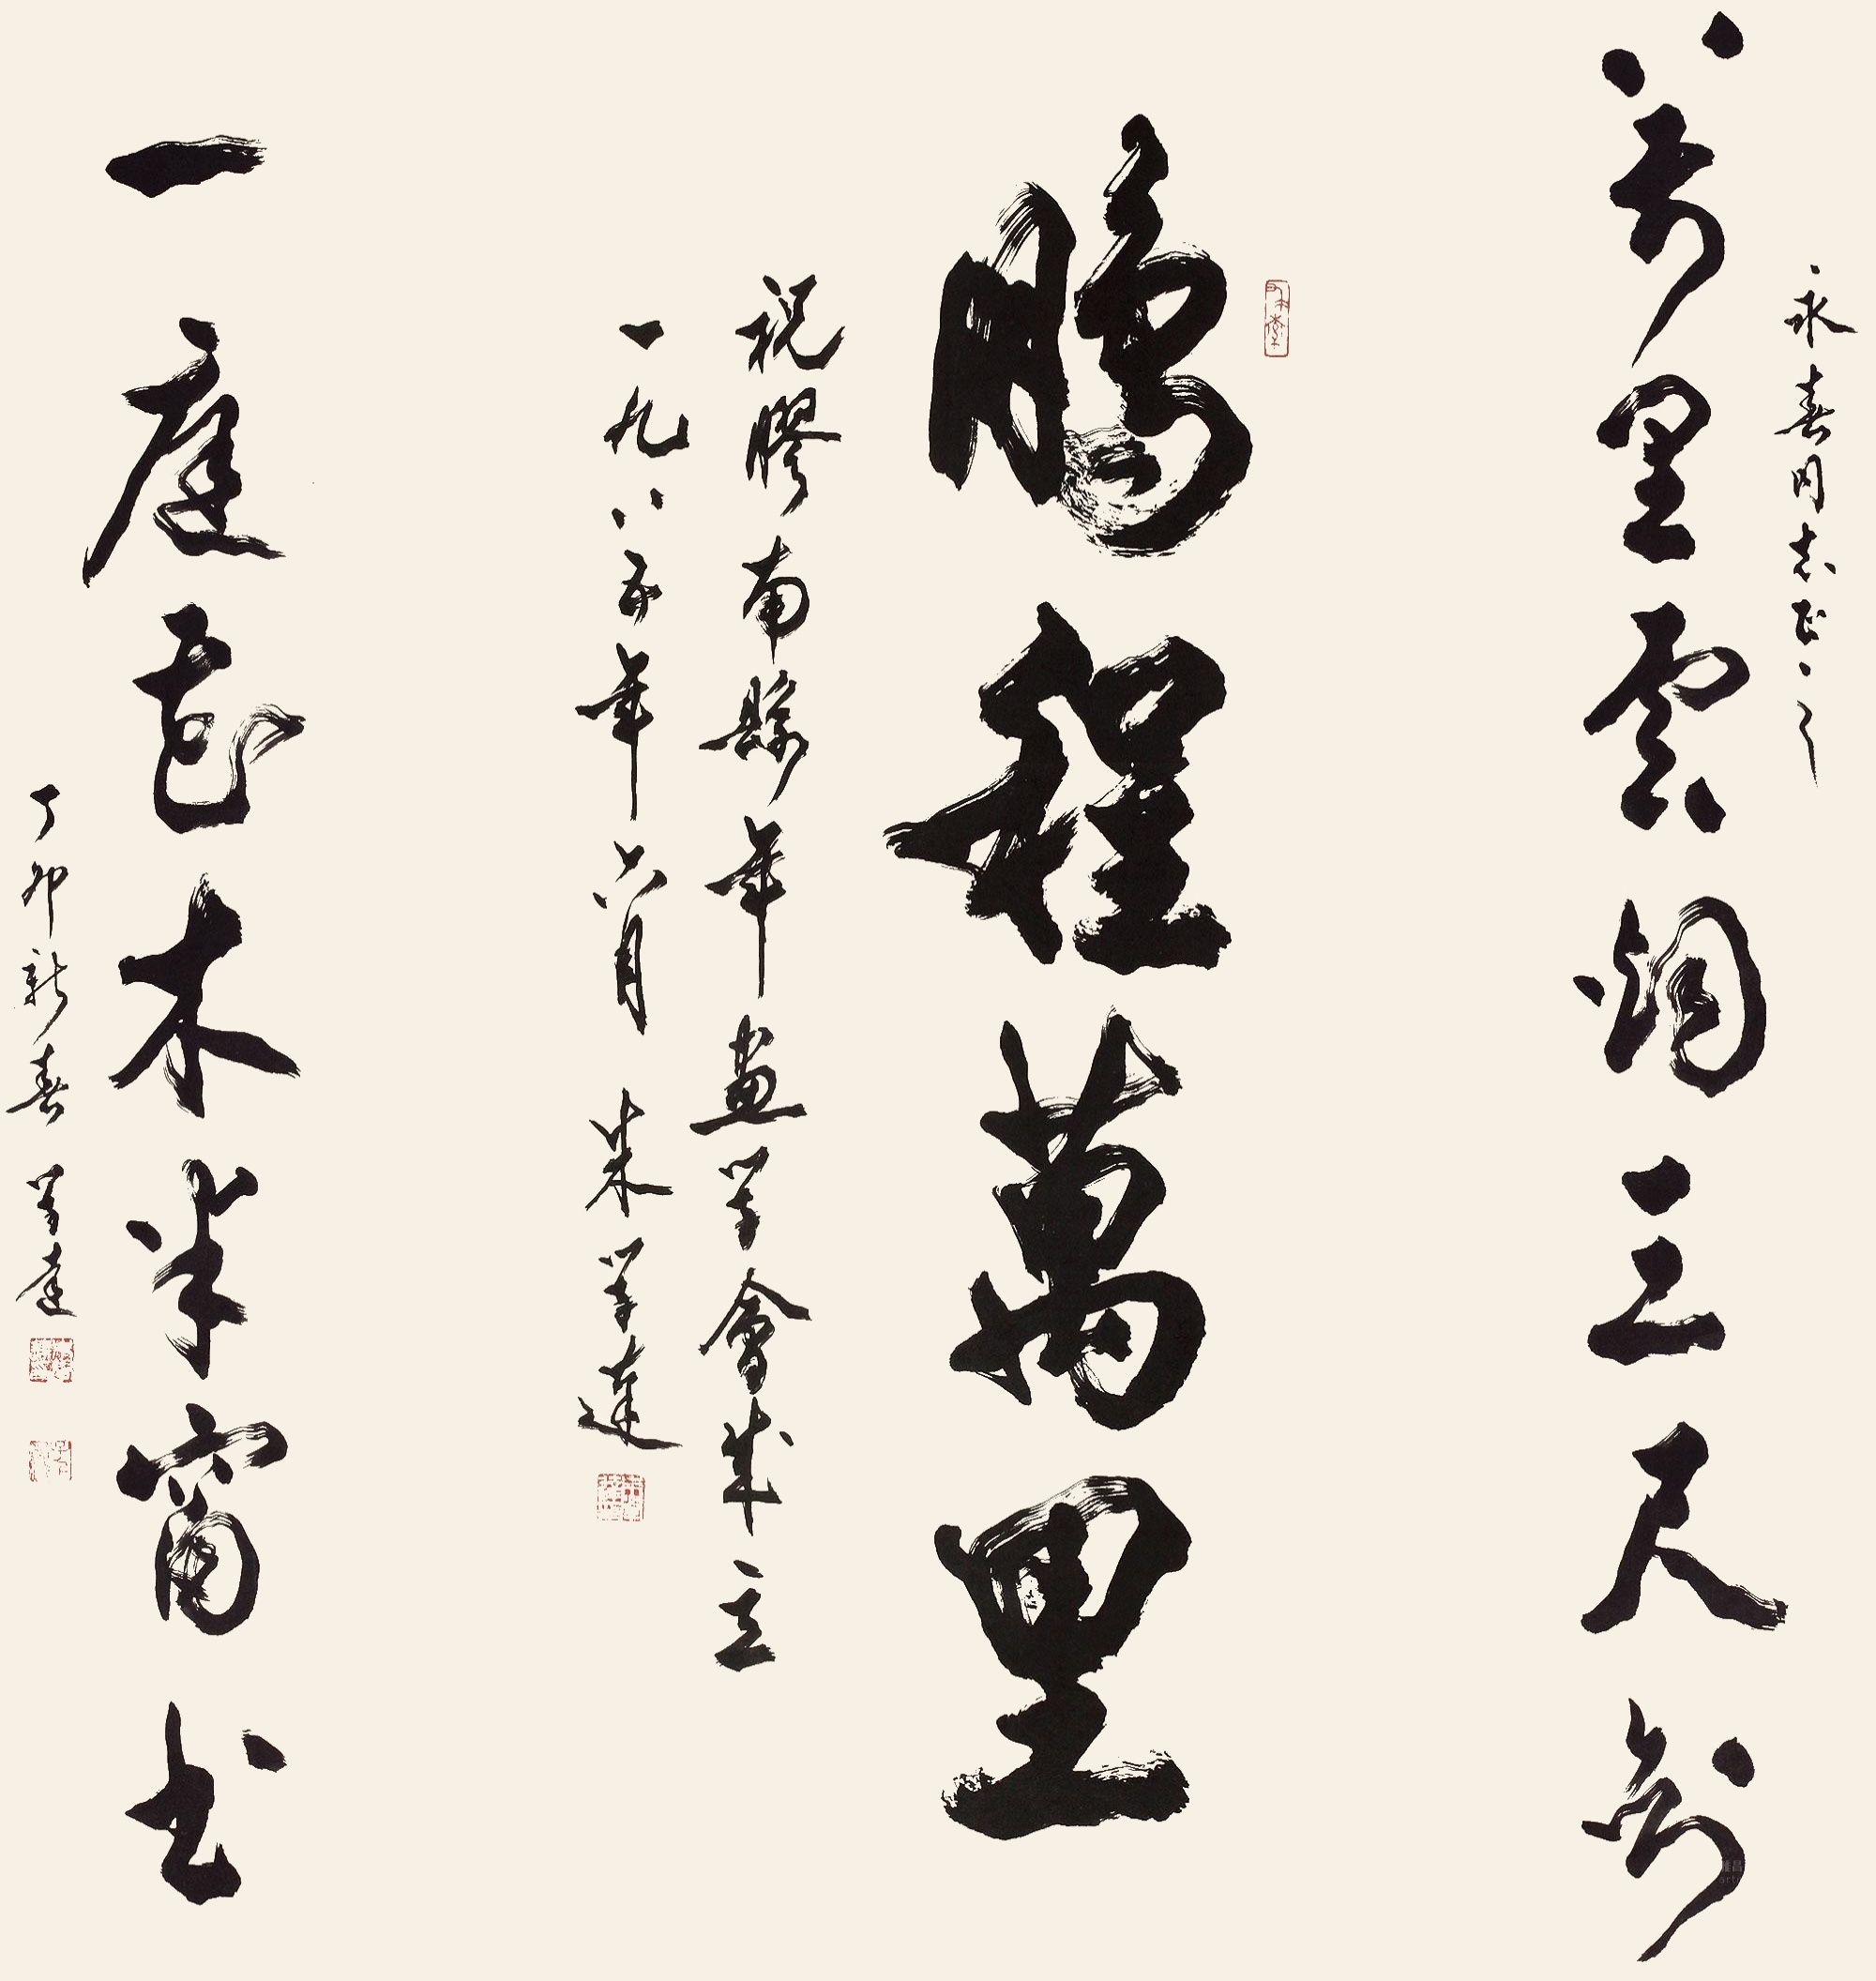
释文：万里云烟三尺剑，一庭花木半窗书。永春同志正之。丁卯新春学达。祝胶南县年画学会成立。一九八五年六月，朱学达。